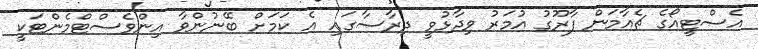
އެސްޓީއޯގެ ޗެއާމަން ފާރޫގު އުމަރު ވިދާޅުވީ ދިރާސާގައި އެ ކަމަށް ބޭނުންވާ އިންވެސްޓްމެންޓަކީ